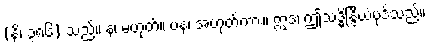
(နိ၊ ၃၈၆) သည်။ န၊ မဟုတ်။ ပန၊ အဟုတ်ကား။ ဣဒံ၊ ဤသဒ္ဓိန္ဒြိယံပုဒ်သည်။